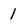
Character: 1